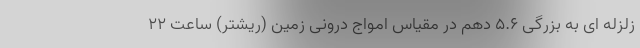
زلزله ای به بزرگی ۵.۶ دهم در مقیاس امواج درونی زمین (ریشتر) ساعت ۲۲